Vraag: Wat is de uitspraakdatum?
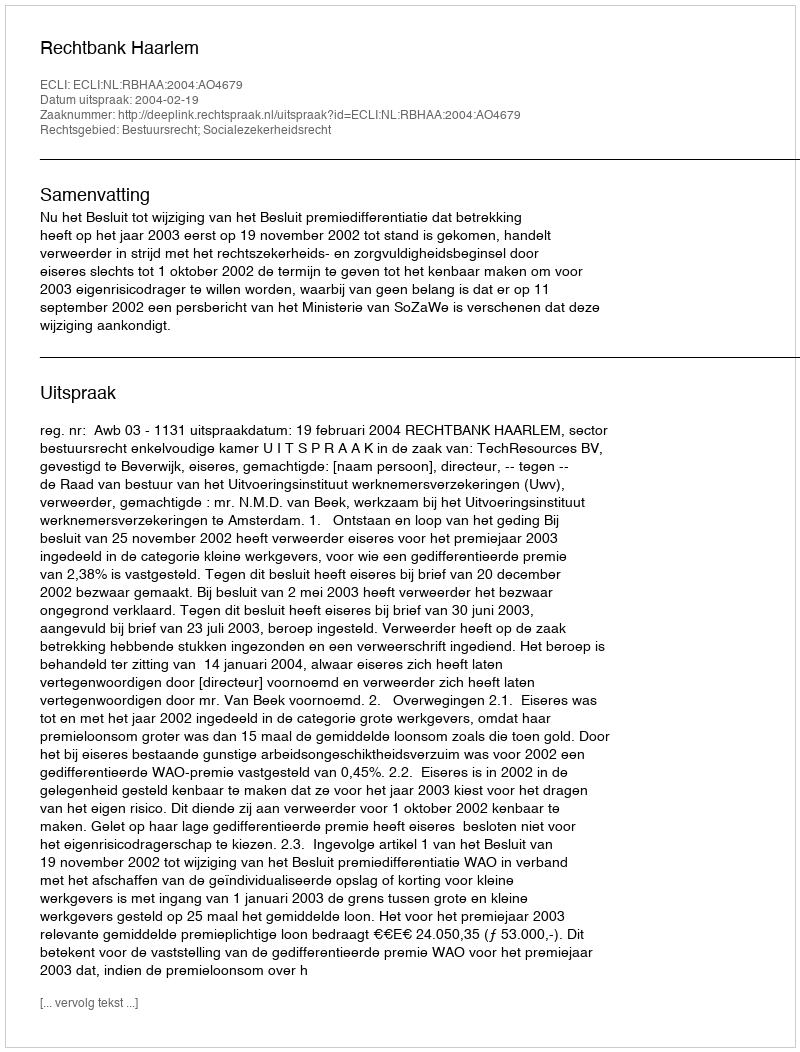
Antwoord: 2004-02-19